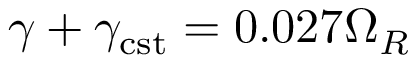
\gamma + \gamma _ { \mathrm { c s t } } = 0 . 0 2 7 \Omega _ { R }